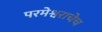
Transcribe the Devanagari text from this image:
परमेश्वराचेच